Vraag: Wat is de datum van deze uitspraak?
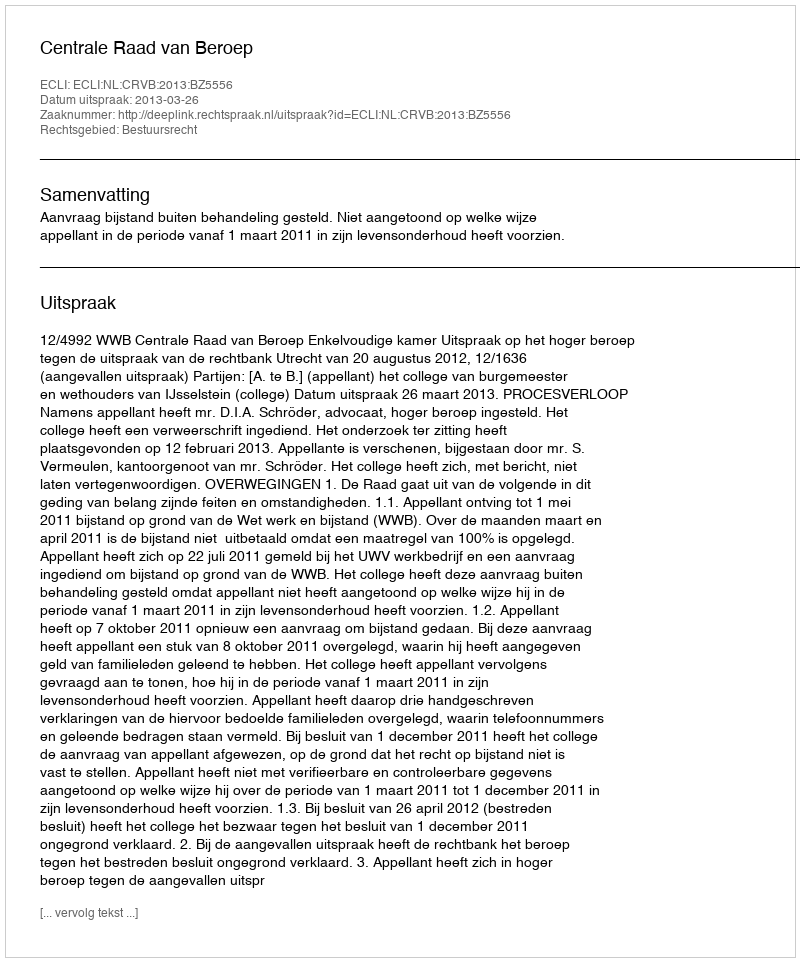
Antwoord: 2013-03-26